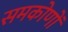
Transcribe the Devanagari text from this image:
समकोणों